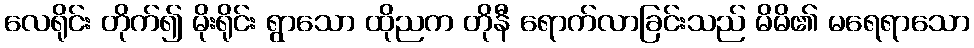
လေရိုင်း တိုက်၍ မိုးရိုင်း ရွာသော ထိုညက တိုနီ ရောက်လာခြင်းသည် မိမိ၏ မရေရာသော